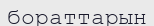
бораттарын